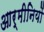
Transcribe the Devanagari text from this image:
आर्मीनियों